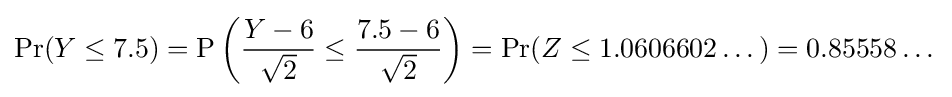
{\mbox{Pr}}(Y\leq 7.5)={\mbox{P}}\left({Y-6 \over {\sqrt {2}}}\leq {7.5-6 \over {\sqrt {2}}}\right)={\mbox{Pr}}(Z\leq 1.0606602\dots )=0.85558\dots